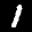
Label: 1